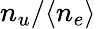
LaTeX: n_{u}/\langle n_{e}\rangle